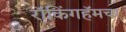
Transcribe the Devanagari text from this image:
रॉकिंगहॅमचा